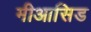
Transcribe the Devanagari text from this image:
मीआसिड